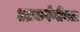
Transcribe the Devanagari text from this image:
आकर्षणीयता